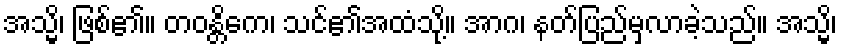
အသ္မိ၊ ဖြစ်၏။ တဝန္တိကေ၊ သင်၏အထံသို့။ အာဂ၊ နတ်ပြည်မှလာခဲ့သည်။ အသ္မိ၊